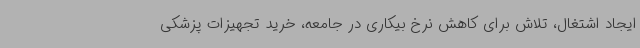
ایجاد اشتغال، تلاش برای کاهش نرخ بیکاری در جامعه، خرید تجهیزات پزشکی